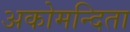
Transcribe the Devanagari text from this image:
अकोमन्दिता